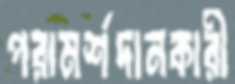
পরামর্শদানকারী